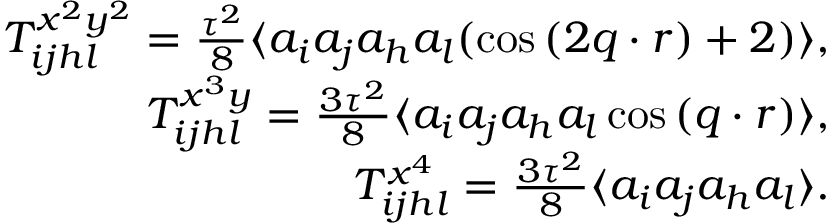
\begin{array} { r l r } & { } & { T _ { i j h l } ^ { x ^ { 2 } y ^ { 2 } } = \frac { \tau ^ { 2 } } { 8 } \langle a _ { i } a _ { j } a _ { h } a _ { l } ( \cos { ( 2 \boldsymbol { q } \cdot \boldsymbol { r } ) } + 2 ) \rangle , } \\ & { } & { T _ { i j h l } ^ { x ^ { 3 } y } = \frac { 3 \tau ^ { 2 } } { 8 } \langle a _ { i } a _ { j } a _ { h } a _ { l } \cos { ( \boldsymbol { q } \cdot \boldsymbol { r } ) } \rangle , } \\ & { } & { T _ { i j h l } ^ { x ^ { 4 } } = \frac { 3 \tau ^ { 2 } } { 8 } \langle a _ { i } a _ { j } a _ { h } a _ { l } \rangle . } \end{array}